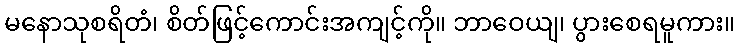
မနောသုစရိတံ၊ စိတ်ဖြင့်ကောင်းအကျင့်ကို။ ဘာဝေယျ၊ ပွားစေရမူကား။